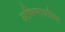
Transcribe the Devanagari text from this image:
अभिभावकिय